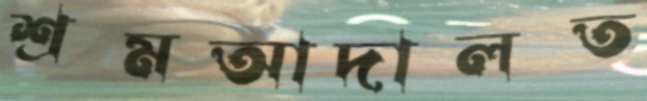
শ্রমআদালত